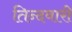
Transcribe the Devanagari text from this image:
तिन्‍दवारी